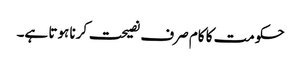
حکومت کا کام صرف نصیحت کرنا ہوتا ہے۔